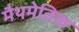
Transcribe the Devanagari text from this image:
मैथमेतिक